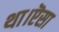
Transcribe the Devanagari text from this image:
था।ऎसा